65_HS1-834228961_62-HQ-83894_Section_1
Agency: FBI
Page 117
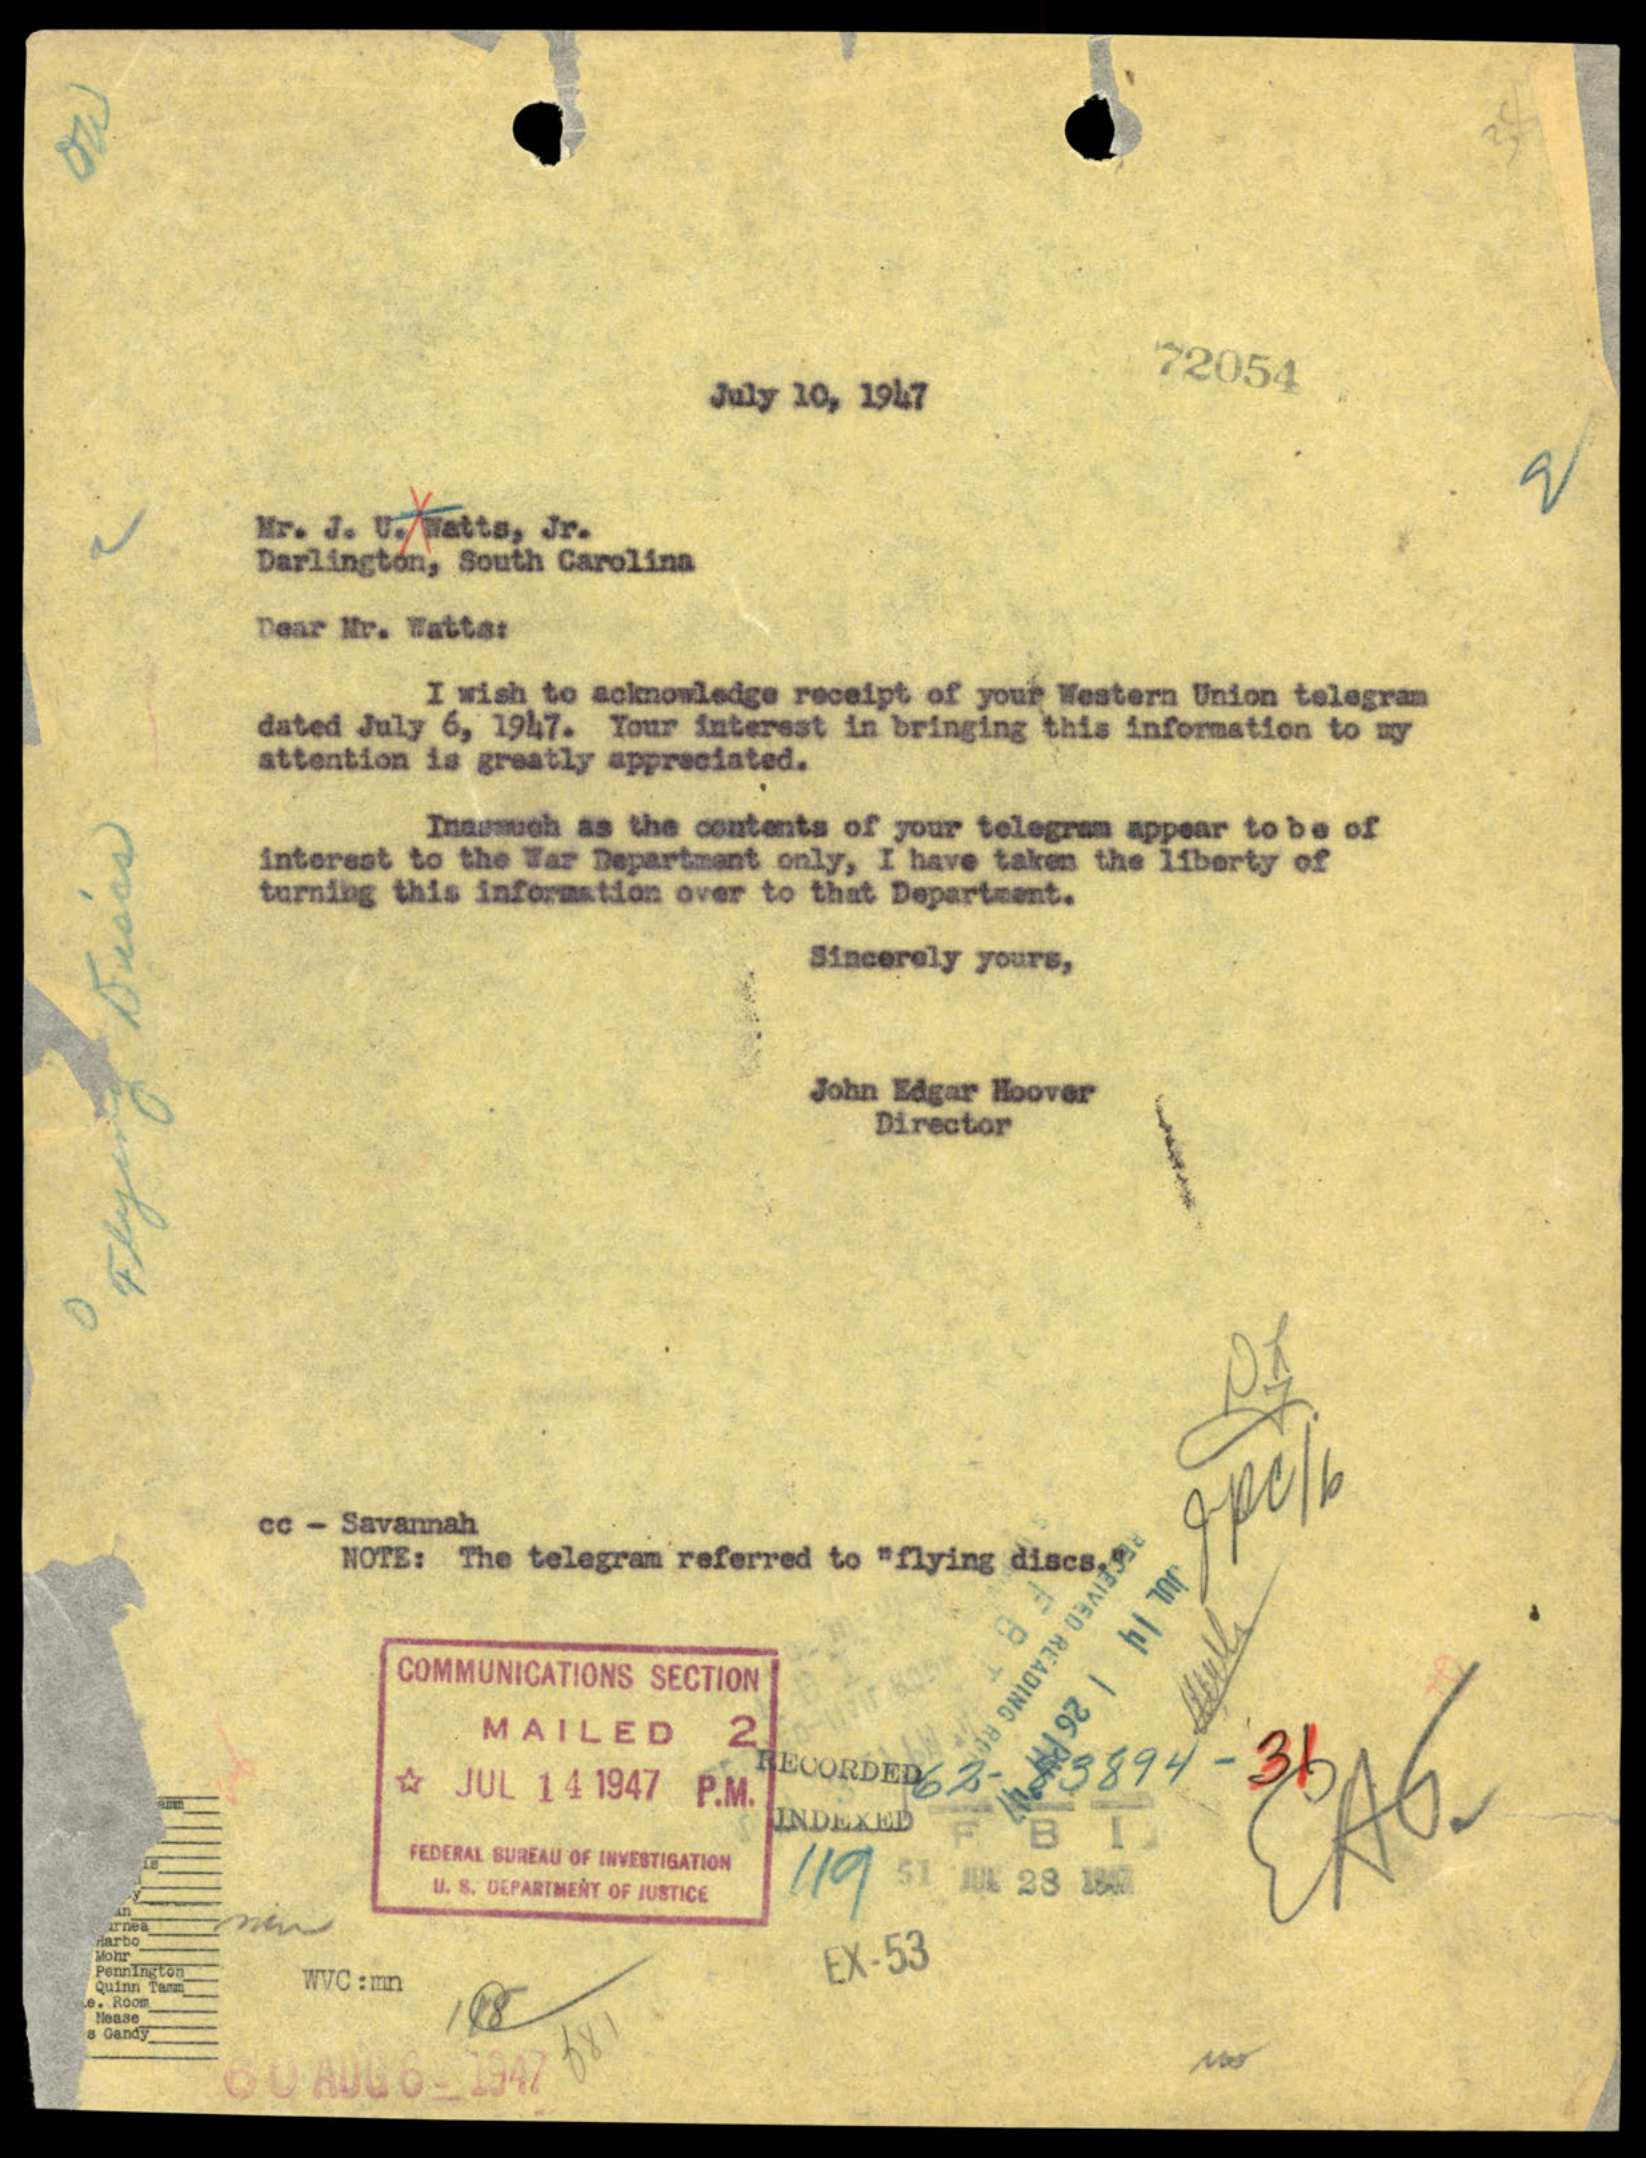